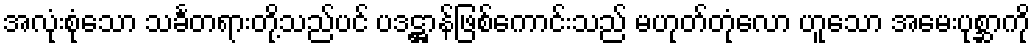
အလုံးစုံသော သင်္ခတရားတို့သည်ပင် ပဒဋ္ဌာန်ဖြစ်ကောင်းသည် မဟုတ်တုံလော ဟူသော အမေးပုစ္ဆာကို